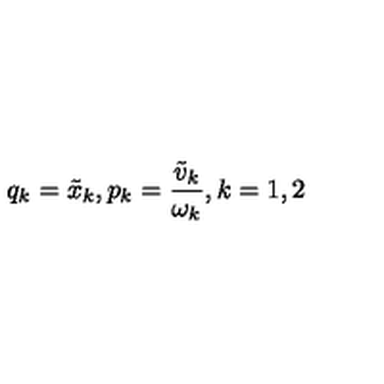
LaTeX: q _ { k } = \tilde { x } _ { k } , p _ { k } = \frac { \tilde { v } _ { k } } { \omega _ { k } } , k = 1 , 2